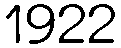
1922